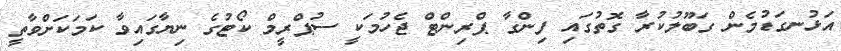
އަޅުނގަޑުމެން ގަބޫލުކުރާ ގޮތުގައި ފިންގާ ޕްރިންޓް ޖެހުމަކީ ސުޕްރީމް ކޯޓުގެ ނިޔާގައިވާ ކަމަކަށްވާތީ